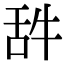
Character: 𦧋